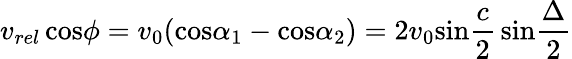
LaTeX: v_{rel}\, \mathrm{cos}\phi=v_{0}(\mathrm{cos}\alpha_{1}-\mathrm{cos}\alpha_{2})=2v_{0}\mathrm{sin}{\frac{c}{2}}\, \mathrm{sin}{\frac{\Delta}{2}}